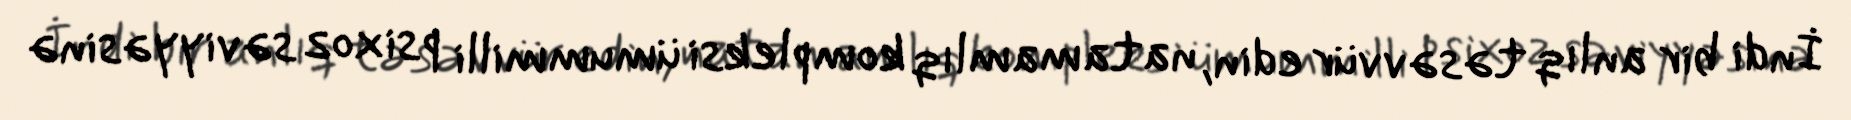
İndi bir anlıq təsəvvür edin, natamamlıq kompleksi ümummilli psixoz səviyyəsinə